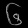
Digit: ၆